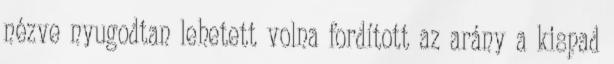
nézve nyugodtan lehetett volna fordított az arány a kispad